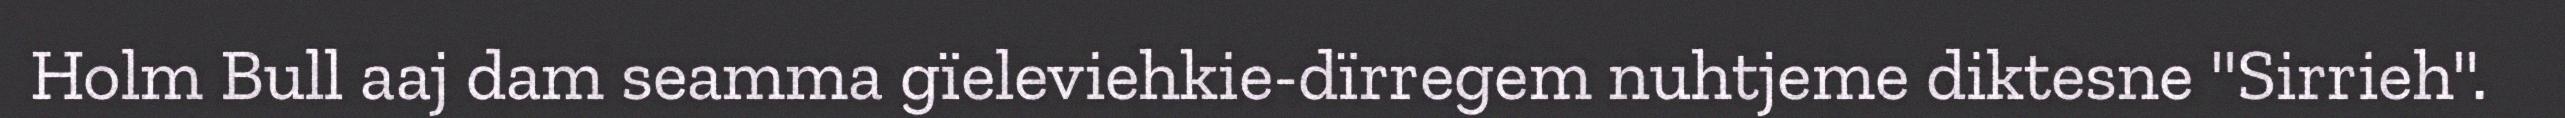
Holm Bull aaj dam seamma gïeleviehkie-dïrregem nuhtjeme diktesne "Sirrieh".